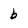
Character: b